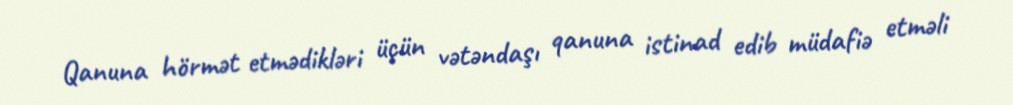
Qanuna hörmət etmədikləri üçün vətəndaşı qanuna istinad edib müdafiə etməli